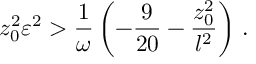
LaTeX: z _ { 0 } ^ { 2 } \varepsilon ^ { 2 } > { \frac { 1 } { \omega } } \left( - { \frac { 9 } { 2 0 } } - { \frac { z _ { 0 } ^ { 2 } } { l ^ { 2 } } } \right) \, .